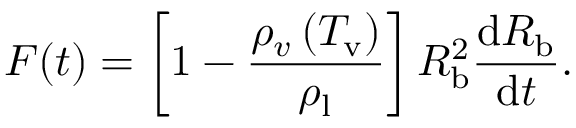
F ( t ) = \left[ 1 - \frac { \rho _ { v } \left( T _ { \mathrm { v } } \right) } { \rho _ { \mathrm { l } } } \right] R _ { \mathrm { b } } ^ { 2 } \frac { \mathrm d R _ { \mathrm { b } } } { \mathrm d t } .